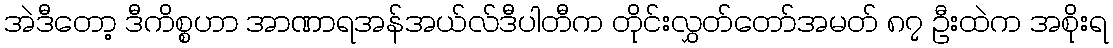
အဲဒီတော့ ဒီကိစ္စဟာ အာဏာရအန်အယ်လ်ဒီပါတီက တိုင်းလွှတ်တော်အမတ် ၈၇ ဦးထဲက အစိုးရ